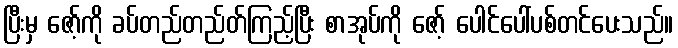
ပြီးမှ ဇော့်ကို ခပ်တည်တည်တ်ကြည့်ပြီး စာအုပ်ကို ဇော့် ပေါင်ပေါ်ပစ်တင်ပေးသည်။